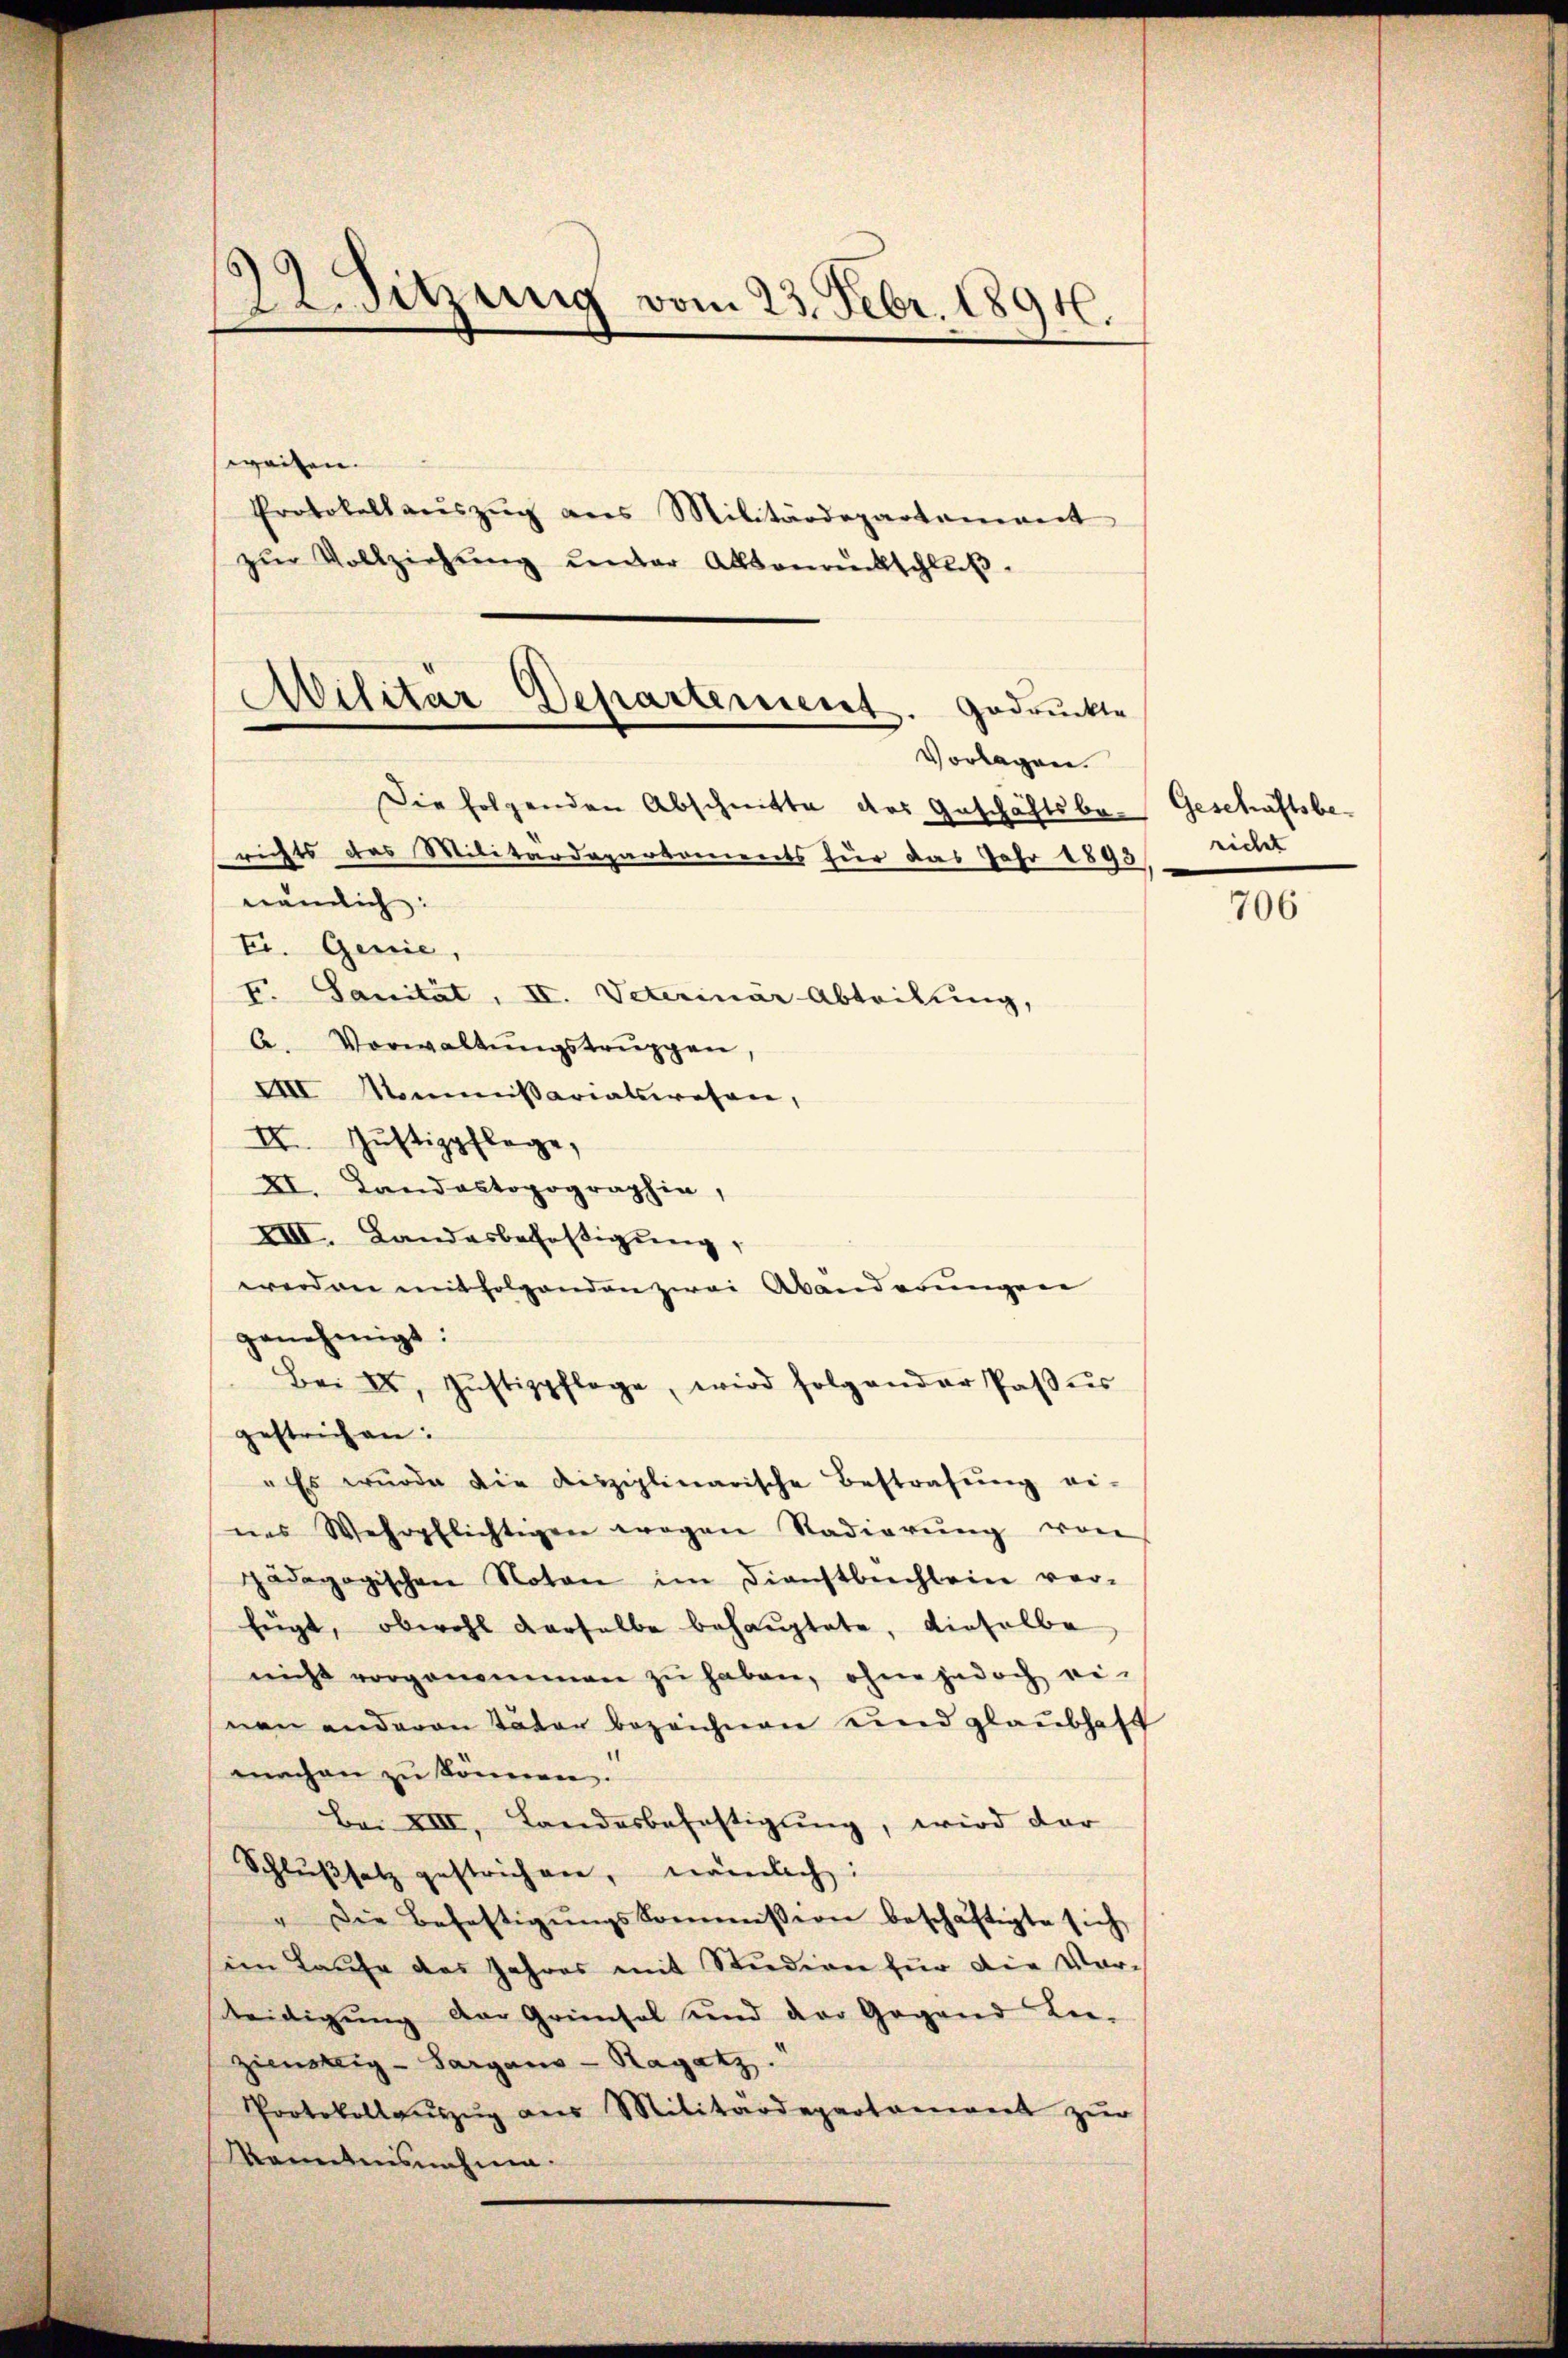
22. Sitzung vom 23. Febr. 1891.

weisen.
Protokolaŭszŭg ans Militärdepartement
zŭr Vollziehŭng ŭnter Aktenrückschluß.

F. Sanität, II. Veterinär-Abteilung,
A. Vorwaltŭngstrŭppen,
IIII Mommissariatswesen,
II. Justizpflege,
XI. Landaktopographie,
XIII. Landesbefestigung,
werden mitfolgenden zwei Abänderungen
genehmigt:
Bei 28. Jŭstizpflage, wird folg ander Paβŭs
gestrichen:
" Es wurde die disziplinarische Bestrafŭng ei-
nes Wehrpflichtigen wegen Stadierŭng von
pädagogischen Noten im Dienstbeschlein ver-
fügt, obwohl derselbe behauptete, dieselbe
nicht vorgenommen zŭ haben, ohne jedoch ei-
nen anderen Vater bezeichnen und glaubhaft
machen zŭ können.
Ba. XIII, Landesbehaftigŭng, wird dar
Schlŭβsatz gestrichen, nämlich:
" Die Befestigŭngskommission beschäftigte sich
im Laufe des Jahres mit Studien für die Vorleidigung der Grinsel und der Gegend Le-
zienstig - Sargaus - Ragatz.
Protokoll aŭszŭg ans Militärdepartonient zŭr
Kenntnisnahme.

Militar Departement. gedruckte
Die folgenden Abschnitte des Geschäftsbe- Geschäftsbe-
richts des Militärdepartements für das Jahr 1893, richt
nämlich:
tr. Genie,

Vorlagen.

706